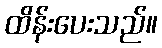
ထိန်းပေးသည်။